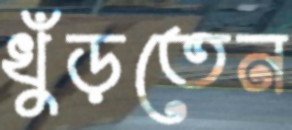
খুঁড়তেন